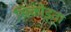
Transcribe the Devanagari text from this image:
सिकोड़ता